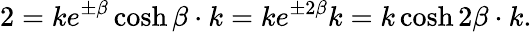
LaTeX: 2=ke^{\pm\beta}\cosh\beta\cdot k=ke^{\pm 2\beta}k=k\cosh 2\beta\cdot k.